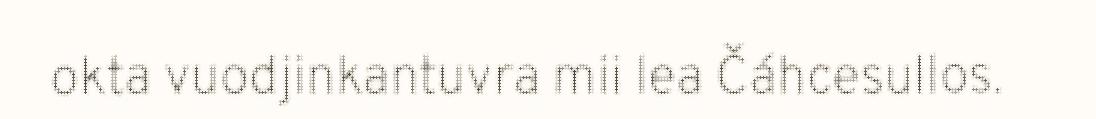
okta vuodjinkantuvra mii lea Čáhcesullos.